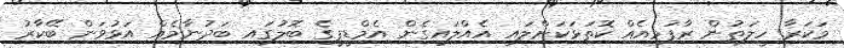
މަކަރާ ހީލަތުން ރާފުޅިއެއް ކޮތަޅަކަށްލައި އެއްލައިގެން އެމްޑީޕީގެ ބޮލުގައި ބަދުނާމެއް އަޅުވަން ބޭކާރު